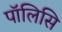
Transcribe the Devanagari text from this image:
पॉलिसि